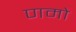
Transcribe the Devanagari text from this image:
णमो